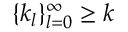
\{ k _ { l } \} _ { l = 0 } ^ { \infty } \geq k